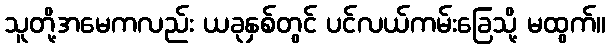
သူတို့အမေကလည်း ယခုနှစ်တွင် ပင်လယ်ကမ်းခြေသို့ မထွက်။